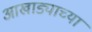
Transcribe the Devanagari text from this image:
आखाड्याच्या